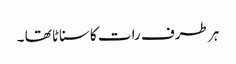
ہر طرف رات کاسناٹا تھا ۔